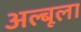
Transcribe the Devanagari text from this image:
अल्बूला